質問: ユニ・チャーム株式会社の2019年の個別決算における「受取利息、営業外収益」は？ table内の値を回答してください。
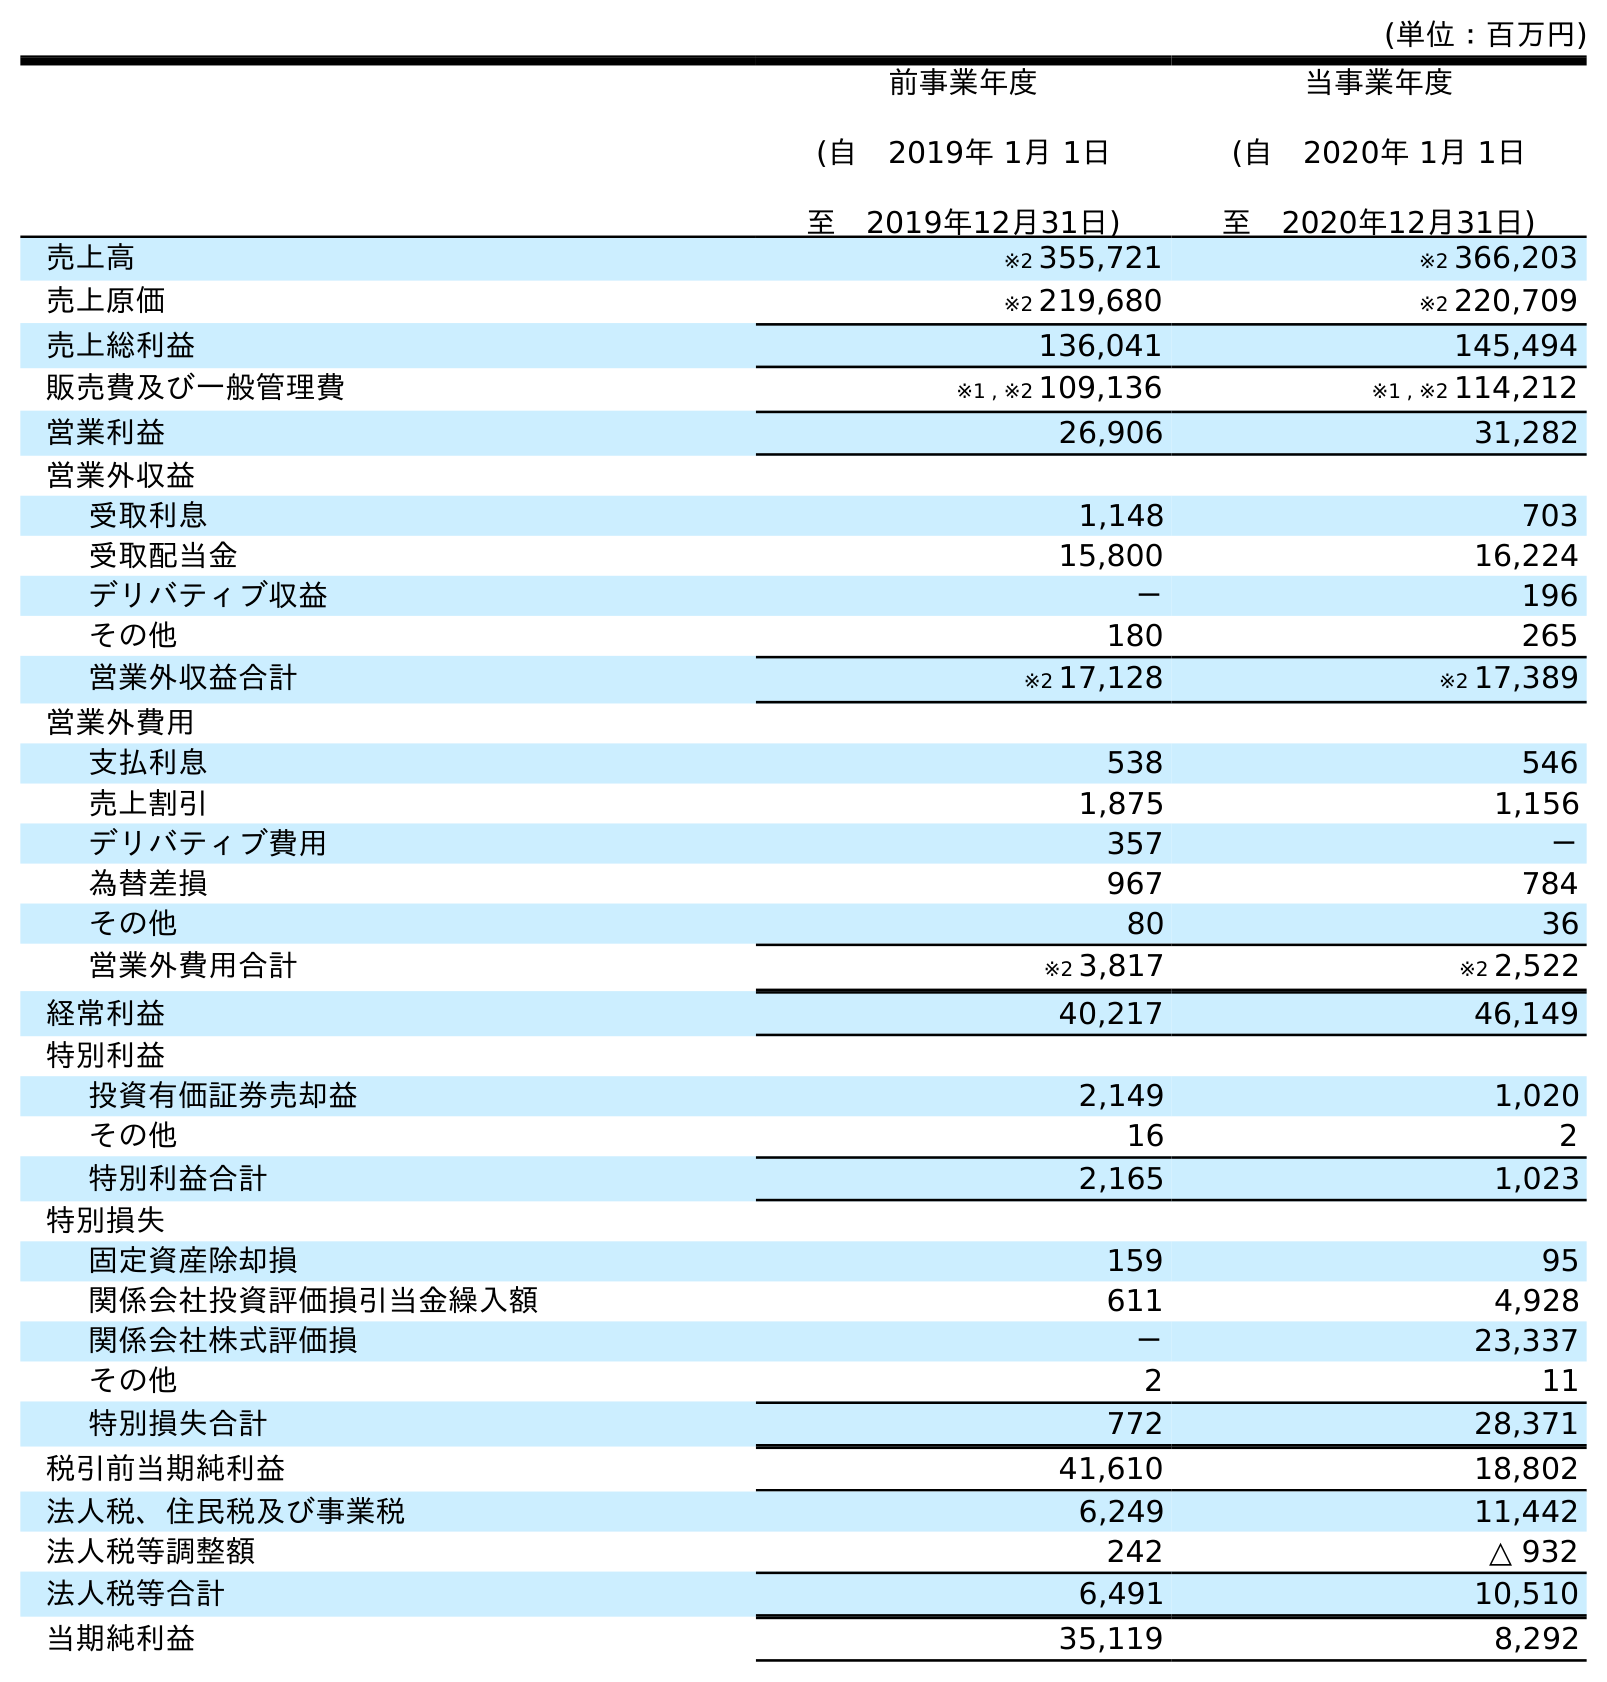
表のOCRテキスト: (単位：百万円) 前事業年度 (自 2019年 1月 1日 至 2019年12月31日) 当事業年度 (自 2020年 1月 1日 至 2020年12月31日) 売上高 ※2 355,721 ※2 366,203 売上原価 ※2 219,680 ※2 220,709 売上総利益 136,041 145,494 販売費及び一般管理費 ※1 , ※2 109,136 ※1 , ※2 114,212 営業利益 26,906 31,282 営業外収益 受取利息 1,148 703 受取配当金 15,800 16,224 デリバティブ収益 － 196 その他 180 265 営業外収益合計 ※2 17,128 ※2 17,389 営業外費用 支払利息 538 546 売上割引 1,875 1,156 デリバティブ費用 357 － 為替差損 967 784 その他 80 36 営業外費用合計 ※2 3,817 ※2 2,522 経常利益 40,217 46,149 特別利益 投資有価証券売却益 2,149 1,020 その他 16 2 特別利益合計 2,165 1,023 特別損失 固定資産除却損 159 95 関係会社投資評価損引当金繰入額 611 4,928 関係会社株式評価損 － 23,337 その他 2 11 特別損失合計 772 28,371 税引前当期純利益 41,610 18,802 法人税、住民税及び事業税 6,249 11,442 法人税等調整額 242 △ 932 法人税等合計 6,491 10,510 当期純利益 35,119 8,292
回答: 1,148